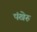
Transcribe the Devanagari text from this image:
पंखेरु